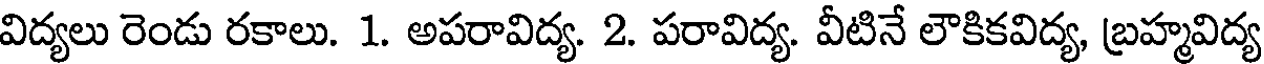
విద్యలు రెండు రకాలు. 1. అపరావిద్య. 2. పరావిద్య. వీటినే లౌకికవిద్య, బ్రహ్మవిద్య